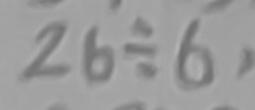
2 6 \div 6